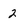
Character: 2